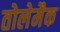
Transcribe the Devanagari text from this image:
तोलेमैक